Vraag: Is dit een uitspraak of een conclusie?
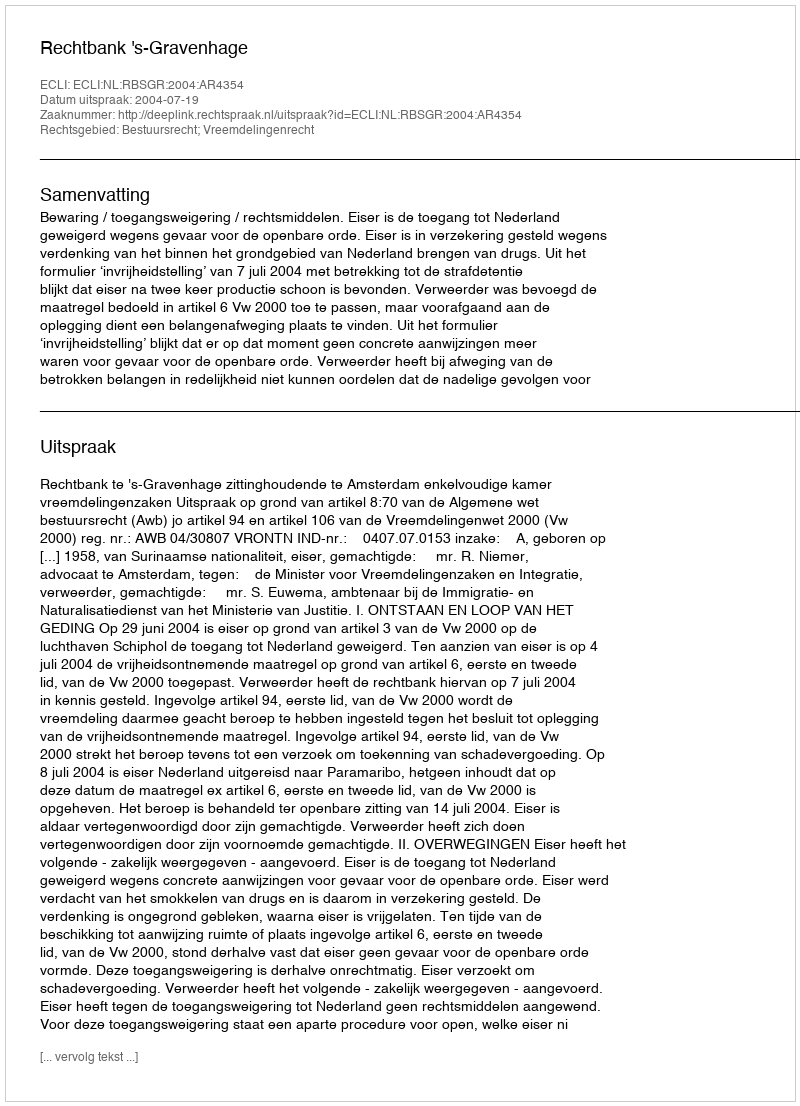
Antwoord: Uitspraak